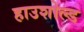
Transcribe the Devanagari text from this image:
हाउशोल्ड